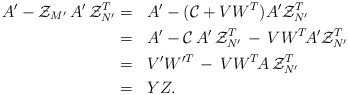
\begin{align*} A' - \mathcal{Z}_{M'} \,A'\, \mathcal{Z}_{N'}^T & = \;\; A' - (\mathcal{C} + VW^T)A' \mathcal{Z}_{N'}^T \\ & = \;\; A' - \mathcal{C}\, A'\, \mathcal{Z}_{N'}^T \,-\, VW^T \! A' \mathcal{Z}_{N'}^T \\ & = \;\; V' W'^T \,-\, VW^T \! A\, \mathcal{Z}_{N'}^T \\ & = \;\; Y Z. \end{align*}